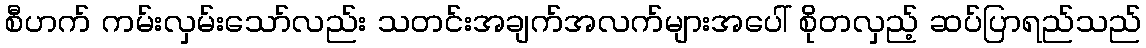
စီဟက် ကမ်းလှမ်းသော်လည်း သတင်းအချက်အလက်များအပေါ် စိုတလှည့် ဆပ်ပြာရည်သည်